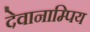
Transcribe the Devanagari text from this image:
देवानाम्पिय